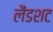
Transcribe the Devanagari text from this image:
लैंडशट